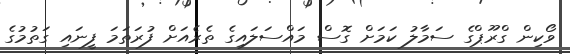
ވޯކިން ގްރޫޕްގެ ސަމާލު ކަމަށް ގޮސް މައްސަލައިގެ ތެރެއަށް ފުރަަތަމަ ފީނައި ގަތުމުގެ